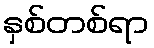
နှစ်တစ်ရာ